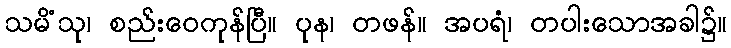
သမိံသု၊ စည်းဝေကုန်ပြီ။ ပုန၊ တဖန်။ အပရံ၊ တပါးသောအခါ၌။